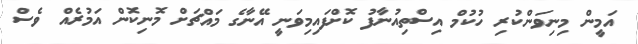
އަމީން މިނިވަންކުރި ހުކުމް އިސްތިއުނާފު ކޮށްފައިމިވަނީ އޭނާގެ މައްޗަށް މޮނިކޮން އަމުރެއް ވެސް